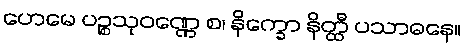
ဟေမေ ပဉ္စသုဝဏ္ဏေ စ၊ နိက္ခော နိတ္ထီ ပသာဓနေ။